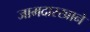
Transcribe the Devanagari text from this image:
जामदारखाने